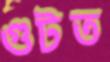
গুটত